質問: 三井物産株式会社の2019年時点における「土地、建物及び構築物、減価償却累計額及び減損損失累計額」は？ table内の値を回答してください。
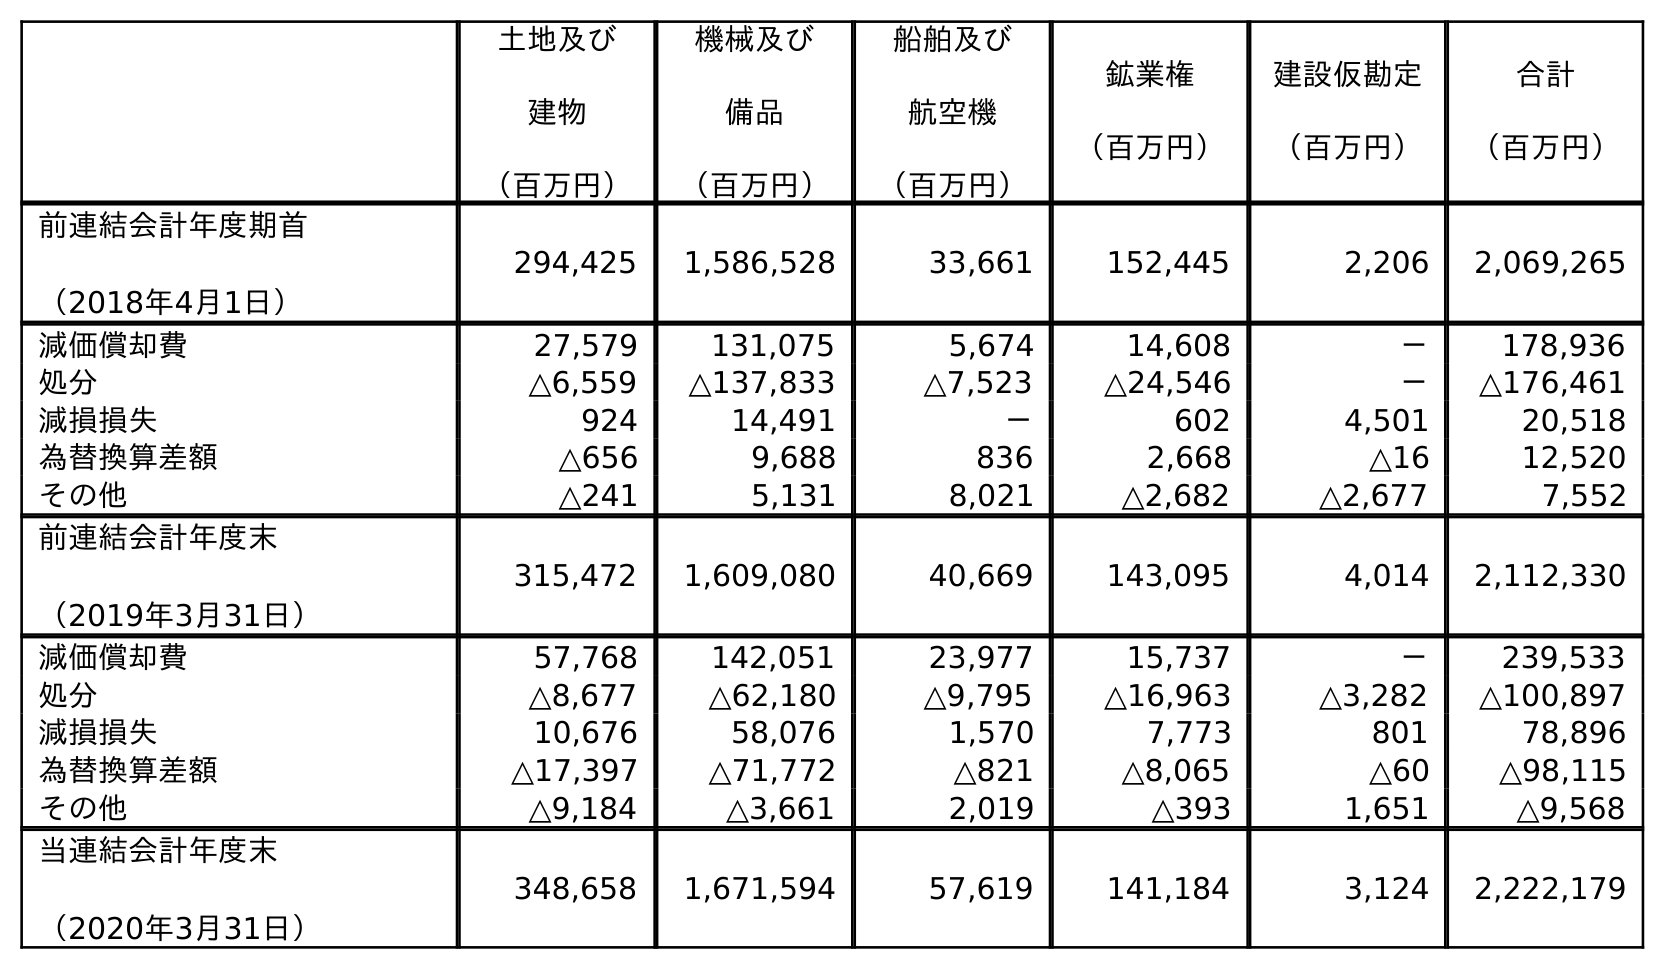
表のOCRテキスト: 土地及び 建物 （百万円） 機械及び 備品 （百万円） 船舶及び 航空機 （百万円） 鉱業権 （百万円） 建設仮勘定 （百万円） 合計 （百万円） 前連結会計年度期首 （2018年4月1日） 294,425 1,586,528 33,661 152,445 2,206 2,069,265 減価償却費 27,579 131,075 5,674 14,608 － 178,936 処分 △6,559 △137,833 △7,523 △24,546 － △176,461 減損損失 924 14,491 － 602 4,501 20,518 為替換算差額 △656 9,688 836 2,668 △16 12,520 その他 △241 5,131 8,021 △2,682 △2,677 7,552 前連結会計年度末 （2019年3月31日） 315,472 1,609,080 40,669 143,095 4,014 2,112,330 減価償却費 57,768 142,051 23,977 15,737 － 239,533 処分 △8,677 △62,180 △9,795 △16,963 △3,282 △100,897 減損損失 10,676 58,076 1,570 7,773 801 78,896 為替換算差額 △17,397 △71,772 △821 △8,065 △60 △98,115 その他 △9,184 △3,661 2,019 △393 1,651 △9,568 当連結会計年度末 （2020年3月31日） 348,658 1,671,594 57,619 141,184 3,124 2,222,179
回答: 315,472